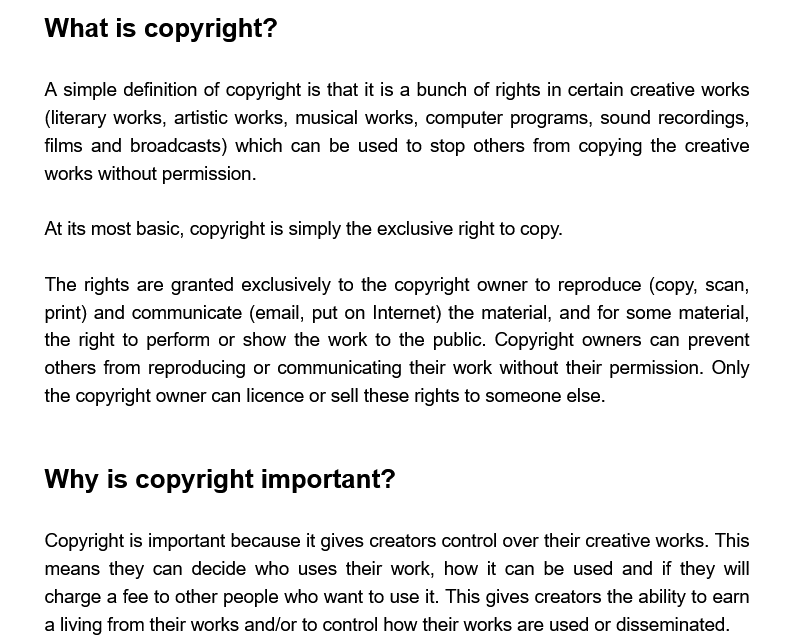
What  is   copyright?
     A simple definition of copyright is that it is a bunch of rights in certain creative works
     (literary works, artistic works, musical works, computer programs, sound recordings,
     films and broadcasts) which can be used to stop others from copying the creative
     works without permission.
     At its most basic, copyright is simply the exclusive right to copy.
     The rights are granted exclusively to the copyright owner to reproduce (copy, scan,
     print) and communicate (email, put on Internet) the material, and for some material,
     the right to perform or show the work to the public. Copyright owners can prevent
     others from reproducing or communicating their work without their permission. Only
     the copyright owner can licence or sell these rights to someone else.
     Why  is   copyright    important?
     Copyright is important because it gives creators control over their creative works. This
     means  they can decide who  uses their work, how it can be used and if they will
     charge a fee to other people who want to use it. This gives creators the ability to earn
     a living from their works and/or to control how their works are used or disseminated.